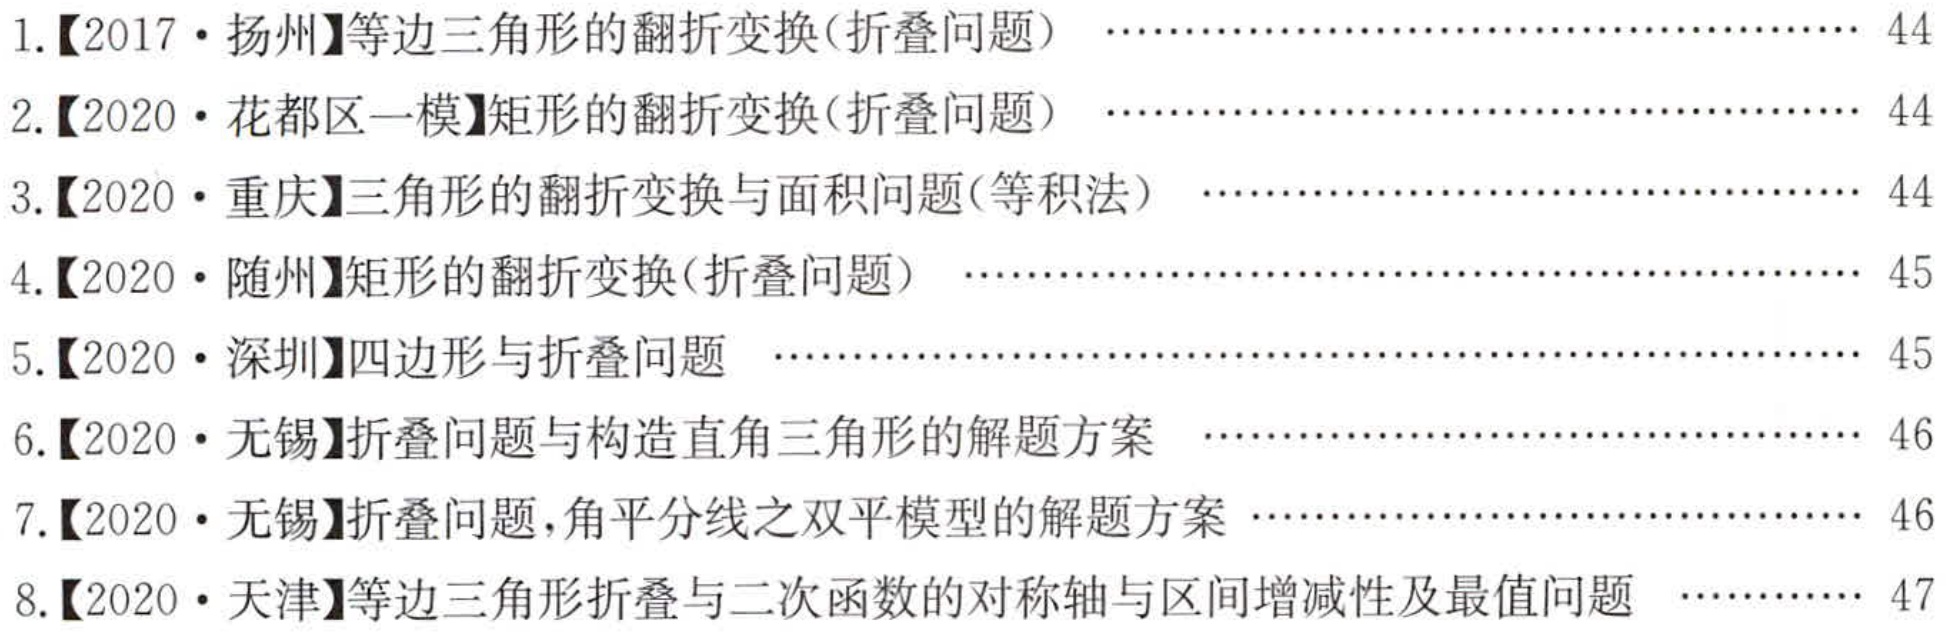
1.【2017·扬州】等边三角形的翻折变换(折叠问题)  \(\cdots\cdots\) 44
2.【2020·花都区一模】矩形的翻折变换(折叠问题)  \(\cdots\cdots\) 44
3.【2020·重庆】三角形的翻折变换与面积问题(等积法)  \(\cdots\cdots\) 44
4.【2020·随州】矩形的翻折变换(折叠问题)  \(\cdots\cdots\) 45
5.【2020·深圳】四边形与折叠问题  \(\cdots\cdots\) 45
6.【2020·无锡】折叠问题与构造直角三角形的解题方案  \(\cdots\cdots\) 46
7.【2020·无锡】折叠问题,角平分线之双平模型的解题方案  \(\cdots\cdots\) 46
8.【2020·天津】等边三角形折叠与二次函数的对称轴与区间增减性及最值问题  \(\cdots\cdots\) 47